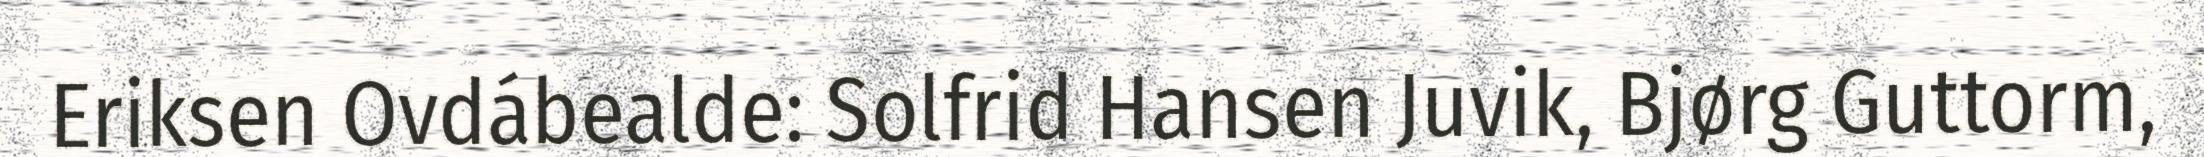
Eriksen Ovdábealde: Solfrid Hansen Juvik, Bjørg Guttorm,